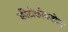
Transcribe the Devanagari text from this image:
कीटोकोनज़ोल